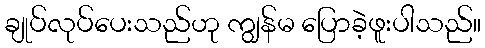
ချုပ်လုပ်ပေးသည်ဟု ကျွန်မ ပြောခဲ့ဖူးပါသည်။